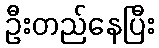
ဦးတည်နေပြီး